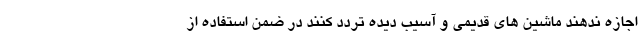
اجازه ندهند ماشین های قدیمی و آسیب دیده تردد کنند در ضمن استفاده از